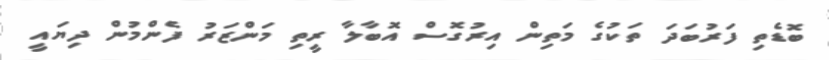
ބޮޑެތި ފަރުބަދަ ތަކުގެ މަތިން އިރުގޮސް އޮބާލާ ރީތި މަންޒަރު ފެންމުން ދިޔައީ